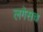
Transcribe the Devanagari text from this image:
लगेसच